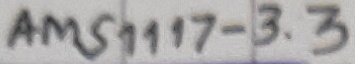
Text: AMS1117-3.3